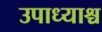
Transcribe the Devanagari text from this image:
उपाध्याश्च